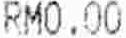
RM0.00